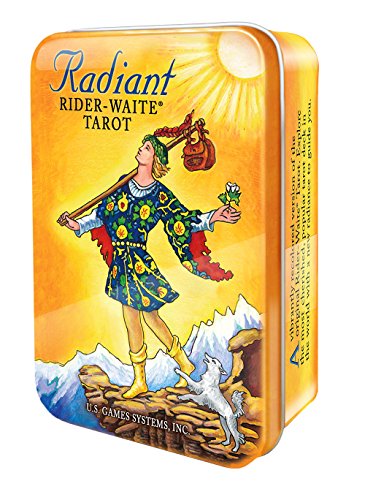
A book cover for Radiant Rider-WaiteÂ® in a Tin; Pamela Colman Smith; Religion & Spirituality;